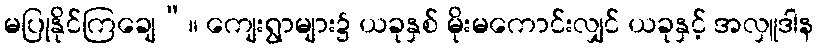
မပြုနိုင်ကြချေ”။ ကျေးရွာများ၌ ယခုနှစ် မိုးမကောင်းလျှင် ယခုနှင့် အလှူဒါန